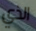
الذي